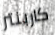
كاربنتر